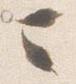
ニ